Vital statistics of India. Vol. V, Reports of 1876 on armies & jails and on epidemic cholera
Year: 1876
Disease focus: Cholera
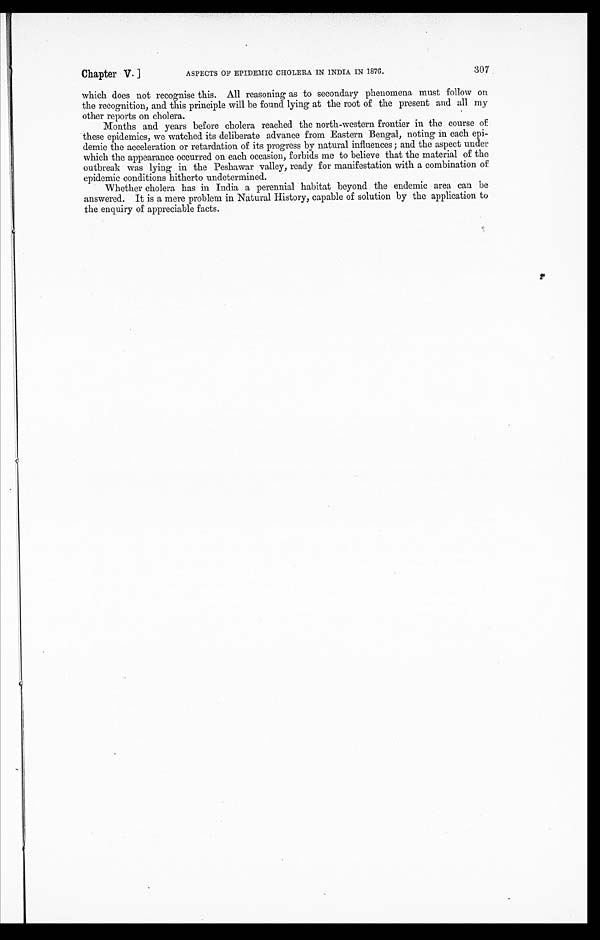
Chapter V.]
ASPECTS OF EPIDEMIC CHOLERA IN INDIA IN 1876.
307
which does not recognise this. All reasoning as to secondary phenomena must follow on
the recognition, and this principle will be found lying at the root of the present and all my
other reports on cholera.
Months and years before cholera reached the north-western frontier in the course of
these epidemics, we watched its deliberate advance from Eastern Bengal, noting in each epi
-demic the acceleration or retardation of its progress by natural influences ; and the aspect under
which the appearance occurred on each occasion, forbids me to believe that the material of the
outbreak was lying in the Peshawar valley, ready for manifestation with a combination of
epidemic conditions hitherto undetermined.
Whether cholera has in India a perennial habitat beyond the endemic area can be
answered. It is a mere problem in Natural History, capable of solution by the application to
the enquiry of appreciable facts.